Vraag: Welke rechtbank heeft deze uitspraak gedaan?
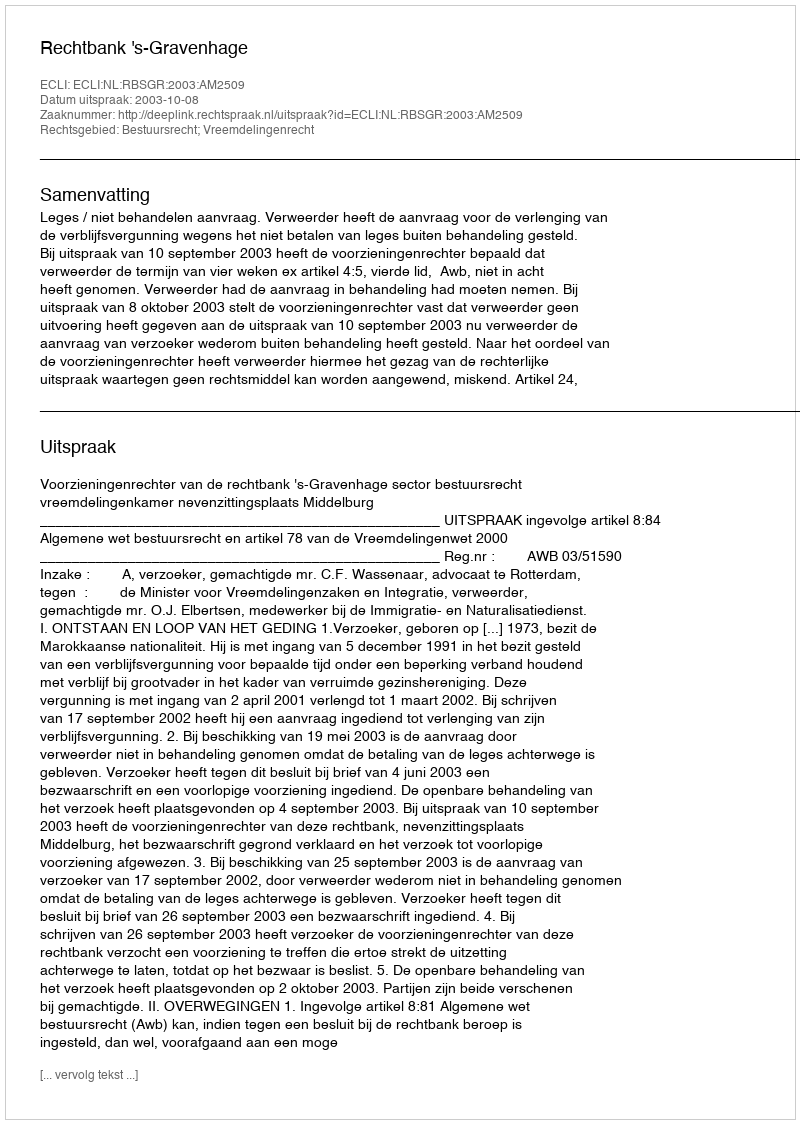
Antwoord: Rechtbank 's-Gravenhage